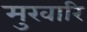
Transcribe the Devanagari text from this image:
मुखारि